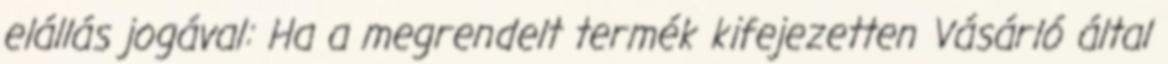
elállás jogával: Ha a megrendelt termék kifejezetten Vásárló által